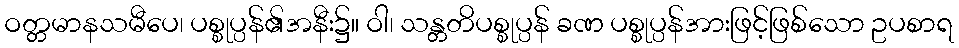
ဝတ္တမာနသမီပေ၊ ပစ္စုပ္ပန်၏အနီး၌။ ဝါ၊ သန္တတိပစ္စုပ္ပန် ခဏ ပစ္စုပ္ပန်အားဖြင့်ဖြစ်သော ဥပစာရ